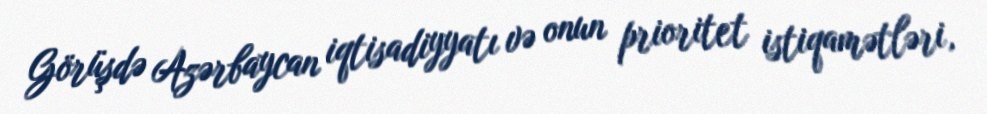
Görüşdə Azərbaycan iqtisadiyyatı və onun prioritet istiqamətləri,